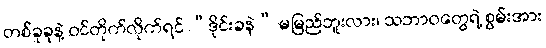
တစ်ခုခုနဲ့ ဝင်တိုက်လိုက်ရင် “ဒိုင်းခနဲ” မမြည်ဘူးလား၊ သဘာဝတွေရဲ့ စွမ်းအား